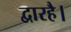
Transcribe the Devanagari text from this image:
द्वारहै।